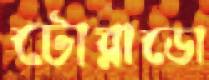
টোরাডো